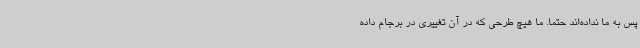
پس به ما نداده‌اند حتماً. ما هیچ طرحی که در آن تغییری در برجام داده